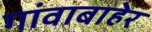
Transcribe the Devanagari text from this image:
गांवाबाहेर